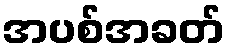
အပစ်အခတ်